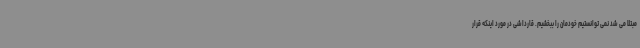
مبتلا می شد نمی توانستیم خودمان را ببخشیم. قارداشی در مورد اینکه قرار